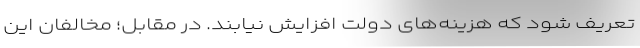
تعریف شود که هزینه‌های دولت افزایش نیابند. در مقابل؛ مخالفان این